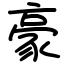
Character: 豪